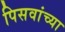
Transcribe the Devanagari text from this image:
पिसवांच्या